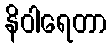
နိဝါရေတာ